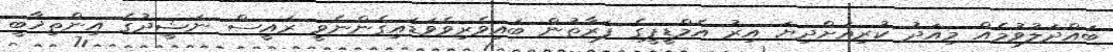
ބައްދަލުވުމެއް މިއަދު ކުރިއަށްދިޔަ އިރު އެމްޑީޕީގެ ފަރާތުން ބައިވެރިވެވަޑައިގެންނެވީ ރައީސް ނަޝީދުގެ އިންތިޚާބީ